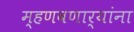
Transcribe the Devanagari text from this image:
म्हणवणार्‍यांना